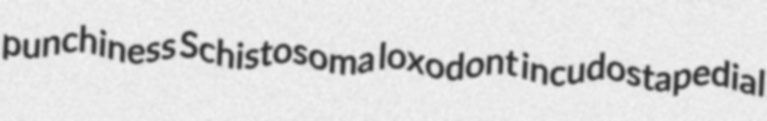
punchiness Schistosoma loxodont incudostapedial